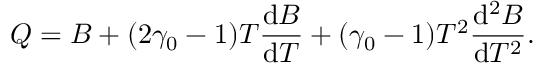
Q = B + ( 2 \gamma _ { 0 } - 1 ) T \frac { \mathrm { d } B } { \mathrm { d } T } + ( \gamma _ { 0 } - 1 ) T ^ { 2 } \frac { \mathrm { d } ^ { 2 } B } { \mathrm { d } T ^ { 2 } } .